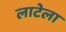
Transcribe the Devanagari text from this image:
लाटेला